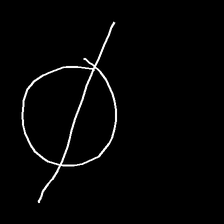
Glyph: orb